Leaving Certificate Examination, 1905
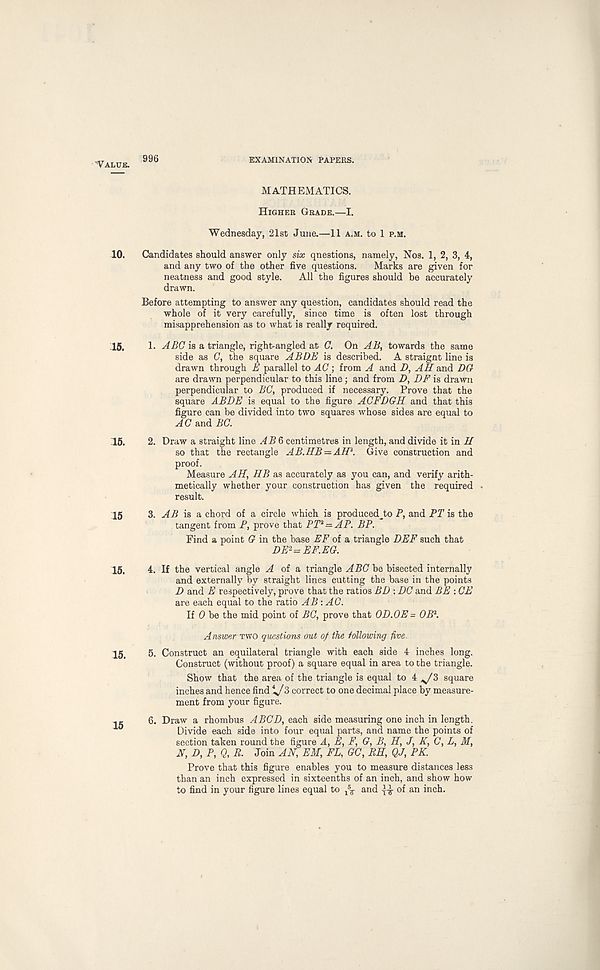
'Value.
10.
15.
15.
15
15.
15.
15
996
EXAMINATION PAPERS.
MATHEMATICS.
Higher Grade.—I.
Wednesday, 21st June.—11 a.m. to 1 p.m.
Candidates should answer only six questions, namely, Nos. 1, 2, 3, 4,
and any two of the other five questions. Marks are given for
neatness and good style. All the figures should be accurately
drawn.
Before attempting to answer any question, candidates should read the
whole of it very carefully, since time is often lost through
misapprehension as to what is really required.
1. ABC is a triangle, right-angled at C. On AB, towards the same
side as C, the square A BOB is described. A straignt line is
drawn through B parallel to AC; from A and D, AH and DO
are drawn perpendicular to this line; and from D, DF is drawn
perpendicular to BG, produced if necessary. Prove that the
square ABDE is equal to the figure AGFDGH and that this
figure can be divided into two squares whose sides are equal to
AG and BG.
2. Draw a straight line AB6 centimetres in length, and divide it in H
so that the rectangle AB.HB = AH i . Give construction and
proof.
Measure AH, HB as accurately as you can, and verify arith-
metically whether your construction has given the required
result.
3. AB is a chord of a circle which is produced^to P, and PT is the
tangent from P, prove that PT 2 — AP. BP.
Find a point 0 in the base EF of a triangle DBF such that
DE‘ i = EF.EG.
4. If the vertical angle ^4 of a triangle ABG be bisected internally
and externally by straight lines cutting the base in the points
D and E respectively, prove that the ratios BD : DC and BE : CE
are each equal to the ratio AB: AC.
If 0 be the mid point of BG, prove that 0D.0E = OB 1 .
Answer two questions out of the following five.
5. Construct an equilateral triangle with each side 4 inches long.
Construct (without proof) a square equal in area to the triangle.
Show that the area of the triangle is equal to 4 ^/3 square
inches and hence find i/3 correct to one decimal place by measure-
ment from your figure.
6. Draw a rhombus ABC I), each side measuring one inch in length.
Divide each side into four equal parts, and name the points of
section taken round the figure A, E, F, G, B, H, J, K, C, L, M,
H, D, P, Q, R. Join AN, EM, FL, GG, RE, QJ, PK.
Prove that this figure enables you to measure distances less
than an inch expressed in sixteenths of an inch, and show how
to find in your figure lines equal to ^ and y-g- of an inch.